Report on vaccination in Madras 1922-1929 - 1922-1929
Year: 1922
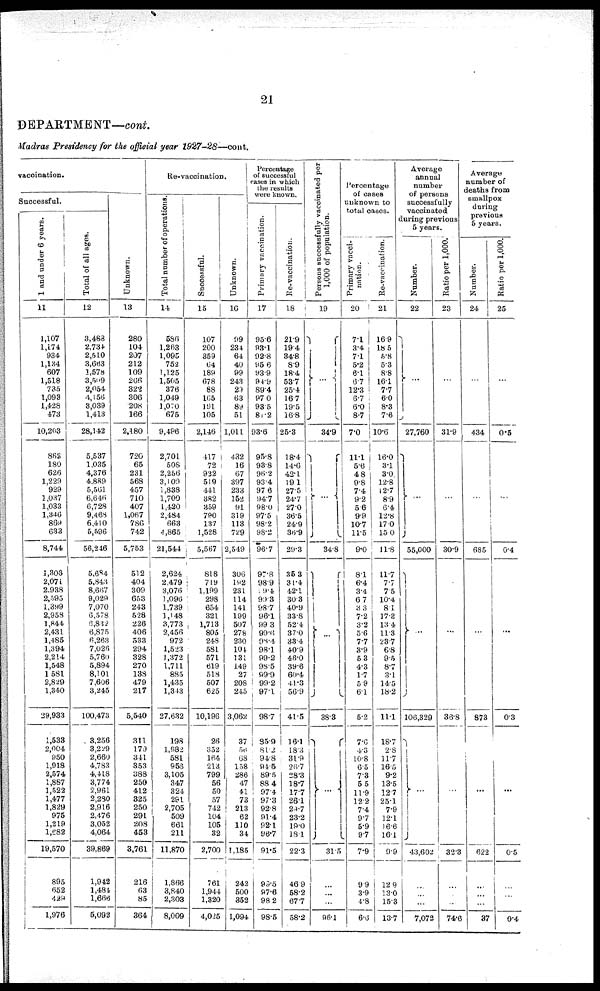
21
DEPARTMENT—cont.
Madras Presidency for the official year 1927-28—cont.
vaccination.
Successful.
1 and under 6 years.
11
1,107
1,174
934
1,134
607
1,518
735
1,093
1,428
473
10,203
862
180
626
1,229
929
1,037
1,033
1,346
869
633
8,744
1,303
2,071
2,938
2,595
l,399
2,958
1,844
2,431
1,485
1,394
2,214
1,548
1,581
2,829
1,340
29,933
1,533
2,004
950
1,918
2,574
1,887
1,522
1,477
1,829
975
1,219
1,682
19,570
895
652
429
1,976
Total of all ages.
12
3,483
2,734
2,510
3,663
1,578
3,509
2,054
4,156
3,039
1,413
28,142
5,537
1,035
4,376
4,889
5,561
6,646
6,728
9,468
6,410
5,596
56,246
5,684
5,843
8,667
9,029
7,070
6,578
6,832
6,875
6,263
7,026
5,760
5,894
8,101
7,606
3,245
100,473
3,256
3,229
2,660
4,783
4,418
3,774
2,961
2,280
2,916
2,476
3,052
4,064
39,869
1,942
1,484
1,666
5,092
Unknown.
13
280
104
207
212
109
266
322
306
208
166
2,180
720
65
231
568
457
710
407
1,067
786
742
5,753
512
404
309
653
243
528
226
406
533
294
328
270
138
479
217
5,540
311
179
341
353
388
250
412
325
250
291
208
453
3,761
216
63
85
364
Re-vaccination.
Total number of operations.
14
586
1,263
1,095
752
1,125
1,505
376
1,049
1,070
675
9,496
2,701
508
2,256
3,109
1,838
1,700
1,420
2,484
663
4,865
21,544
2,624
2,479
3,076
1,096
1,739
1,148
3,773
2,456
972
1,523
1,372
1,711
885
1,435
1,343
27,632
198
1,982
581
953
3,105
347
324
291
2,705
509
661
211
11,870
1,866
3,840
2,303
8,009
Successful.
15
107
200
359
64
189
678
88
165
191
105
2,146
417
72
922
519
441
382
359
790
137
1,528
5,567
818
719
1,199
298
654
321
1,713
805
248
581
571
619
518
507
625
10,196
26
352
164
213
799
56
50
57
742
104
105
32
2,700
761
1,944
1,320
4,025
Unknown.
16
99
234
64
40
99
243
20
63
89
51
1,011
432
16
67
397
233
152
91
319
113
729
2,549
306
192
231
114
141
199
507
278
230
101
131
149
27
208
245
3,062
37
56
68
158
286
47
41
73
213
62
110
34
1,185
242
500
352
1,094
Percentage
of successful
cases in which
the results
were known.
Primary vaccination.
17
95.6
93.1
92.8
95.6
93.9
94.9
89.4
97.0
93.5
81.2
93.6
95.8
93.8
96.2
93.4
97.6
94.7
98.0
97.5
98.2
98.2
96.7
97.8
98.9
19.4
99.3
98.7
96.1
99.3
99.6
98.4
98.1
99.2
98.5
99.9
99.2
97.1
98.7
85.9
81.2
94.8
94.5
89.5
88.4
97.4
97.3
92.8
91.4
92.1
96.7
91.5
99.5
97.6
98.2
98.5
Re-vaccination.
18
21.9
19.4
34.8
8.9
18.4
53.7
25.4
16.7
19.5
16.8
25.3
18.4
14.6
42.1
19.1
27.5
24.7
27.0
36.5
24.9
36.9
29.3
35.3
31.4
42.1
30.3
40.9
33.8
52.4
37.0
33.4
40.9
46.0
39.6
60.4
41.3
56.9
41.5
16.1
18.3
31.9
26.7
28.3
18.7
17.7
26.1
29.7
23.2
19.0
18.1
22.3
46.9
58.2
67.7
58.2
Persons successfully vaccinated per
1,000 of population.
19
...
34.9
...
34.8
...
38.8
...
31.5
...
...
...
96.1
Percentage
of cases
unknown to
total cases.
Primary vacci-
nation.
20
7.1
3.4
7.1
5.2
6.1
6.7
12.3
6.7
6.0
8.7
7.0
11.1
5.6
4.8
9.8
7.4
9.2
5.6
9.9
10.7
11.5
9.0
8.1
6.4
3.4
6.7
3.3
7.2
3.2
5.6
7.7
3.9
5.3
4.3
1.7
5.9
6.1
5.2
7.6
4.3
10.8
6.5
7.3
5.5
11.9
12.2
7.4
9.7
5.9
9.7
7.9
9.9
3.9
4.8
6.6
Re-vaccination.
21
16.9
18.5
5.8
5.3
8.8
16.1
7.7
6.0
8.3
7.6
10.6
16.0
3.1
3.0
12.8
12.7
8.9
6.4
12.8
17.0
15.0
11.8
11.7
7.7
7.5
10.4
8.1
17.3
13.4
11.3
23.7
6.8
9.5
8.7
3.1
14.5
18.2
11.1
18.7
2.8
11.7
16.5
9.2
13.5
12.7
25.1
7.9
12.1
16.6
16.1
9.9
12.9
13.0
15.3
13.7
Average
annual
number
of persons
successfully
vaccinated
during previous
5 years.
Number.
22
...
27,760
...
55,000
...
106,329
...
43,602
...
...
...
7,072
Ratio per 1,000.
23
...
31.9
...
30.9
...
36.8
...
32.3
...
...
...
74.6
Average
number of
deaths from
smallpox
during
previous
5 years.
Number.
24
...
434
...
685
...
873
...
622
...
...
...
37
Ratio per 1,000.
25
...
0.5
...
0.4
...
0.3
...
0.5
...
...
...
0.4